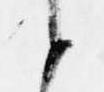
候